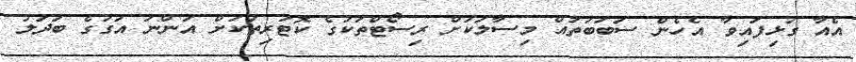
އެއާ ގުޅިފައިވާ އެހެން ސަބަބުތައް މިސާލަކަށް ރިސޯޓްތަކުގެ ކޮޓަރިތަކަށް އަންނަ އަގުގެ ބަދަލު